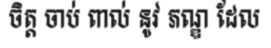
ចិត្ត ចាប់ ពាល់ នូវ ភណ្ឌ ដែល